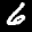
Label: 6